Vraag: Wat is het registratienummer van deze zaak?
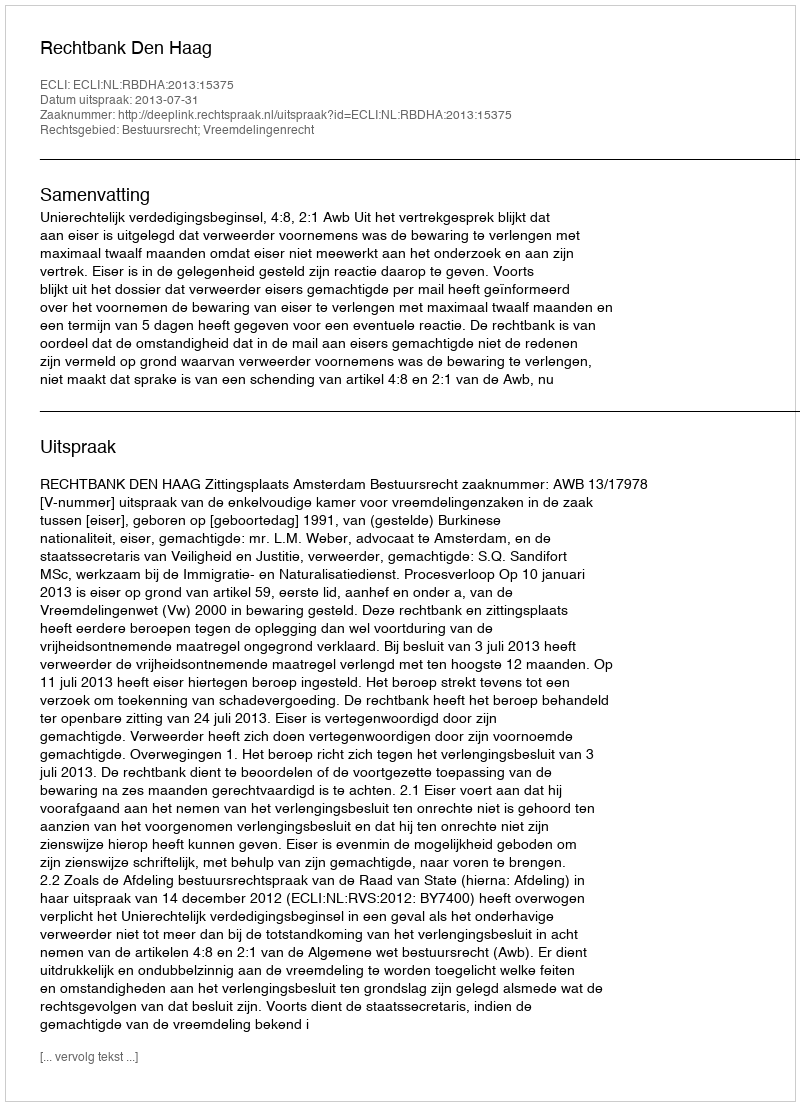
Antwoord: http://deeplink.rechtspraak.nl/uitspraak?id=ECLI:NL:RBDHA:2013:15375